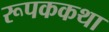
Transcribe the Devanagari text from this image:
रूपककथा